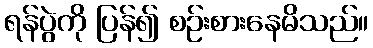
ရန်ပွဲကို ပြန်၍ စဉ်းစားနေမိသည်။